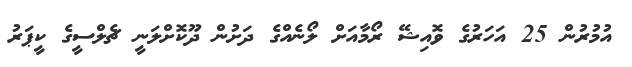
އުމުރުން 25 އަހަރުގެ ވޮއިޝޭ ރޯމާއަށް ލޯނެއްގެ ދަށުން ދޫކޮށްލަނީ ޗެލްސީގެ ކީޕަރު